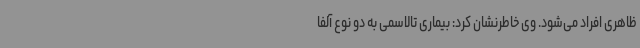
ظاهری افراد می‌شود. وی خاطرنشان کرد: بیماری تالاسمی به دو نوع آلفا